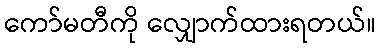
ကော်မတီကို လျှောက်ထားရတယ်။